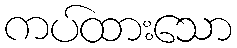
ကပ်ထားသော